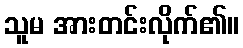
သူမ အားတင်းလိုက်၏။